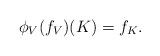
LaTeX: \begin{align*} \phi_V(f_V)(K)=f_K.\end{align*}